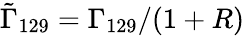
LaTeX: \tilde{\Gamma}_{129}=\Gamma_{129}/(1+R)